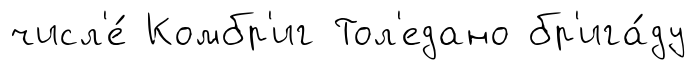
числ'е́ Комбр'иг Тол'едано бр'ига́ду